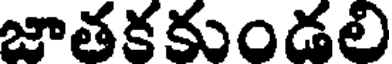
జాతకకుండలి